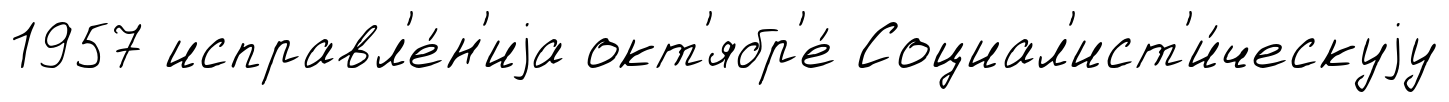
1957 исправл'е́н'иjа окт'ябр'е́ Социал'ист'и́ческуjу